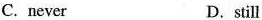
C. never D.still